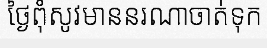
ថ្ងៃពុំសូវមាននរណាចាត់ទុក